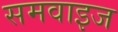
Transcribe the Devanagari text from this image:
समवाइज